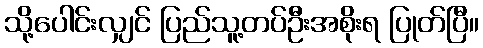
သို့ပေါင်းလျှင် ပြည်သူ့တပ်ဦးအစိုးရ ပြုတ်ပြီ။